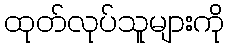
ထုတ်လုပ်သူများကို